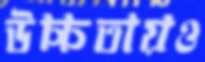
উচ্চতায়ও